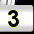
Digit: 3